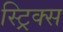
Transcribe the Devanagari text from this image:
स्ट्रिक्स